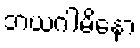
ဘယဂါမိနော